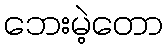
ဘေးမဲ့တော